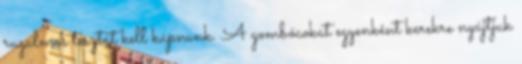
rugalmas tésztát kell kapnunk. A gombócokat egyenként kerekre nyújtjuk